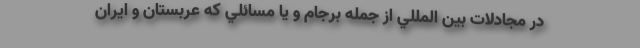
در مجادلات بين المللي از جمله برجام و يا مسائلي كه عربستان و ايران